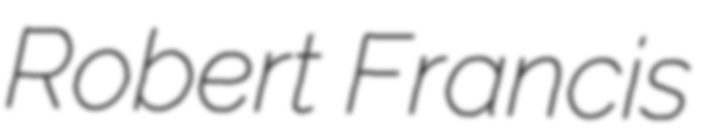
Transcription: Robert Francis